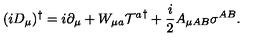
( i D _ { \mu } ) ^ { \dagger } = i \partial _ { \mu } + W _ { { \mu } a } { { \cal T } ^ { a } } ^ { \dagger } + { \frac { i } { 2 } } A _ { \mu { A B } } { \sigma } ^ { A B } .